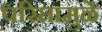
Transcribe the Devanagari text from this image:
परिघामुळे